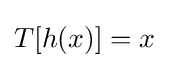
T[h(x)]=x